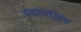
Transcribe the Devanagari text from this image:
स्यांपलिंग